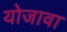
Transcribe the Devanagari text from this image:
योजावा